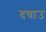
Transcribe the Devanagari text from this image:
दचाउ